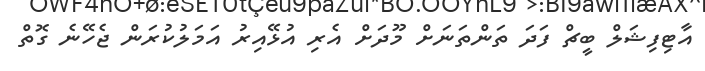
އާޓިފިޝަލް ބީޗް ފަދަ ތަންތަނަށް މޫދަށް އެރި އުޅޭއިރު އަމަލުކުރަން ޖެހޭނެ ގޮތް